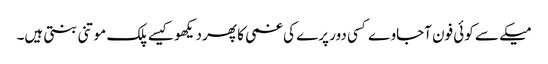
میکے سے کوئی فون آجاوے کسی دور پرے کی غمی کا پھر دیکھو کیسے پلک موتنی بنتی ہیں۔